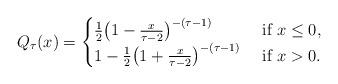
LaTeX: \begin{align*}Q_\tau(x)=\begin{cases}{1 \over 2}\big(1-\frac{x}{\tau-2}\big)^{-(\tau-1)} &\textrm{ if } x\leq 0,\\1-{1 \over 2}\big(1+\frac{x}{\tau-2}\big)^{-(\tau-1)} &\textrm{ if } x>0.\end{cases}\end{align*}